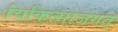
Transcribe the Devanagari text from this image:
चिकित्साजगत्‌